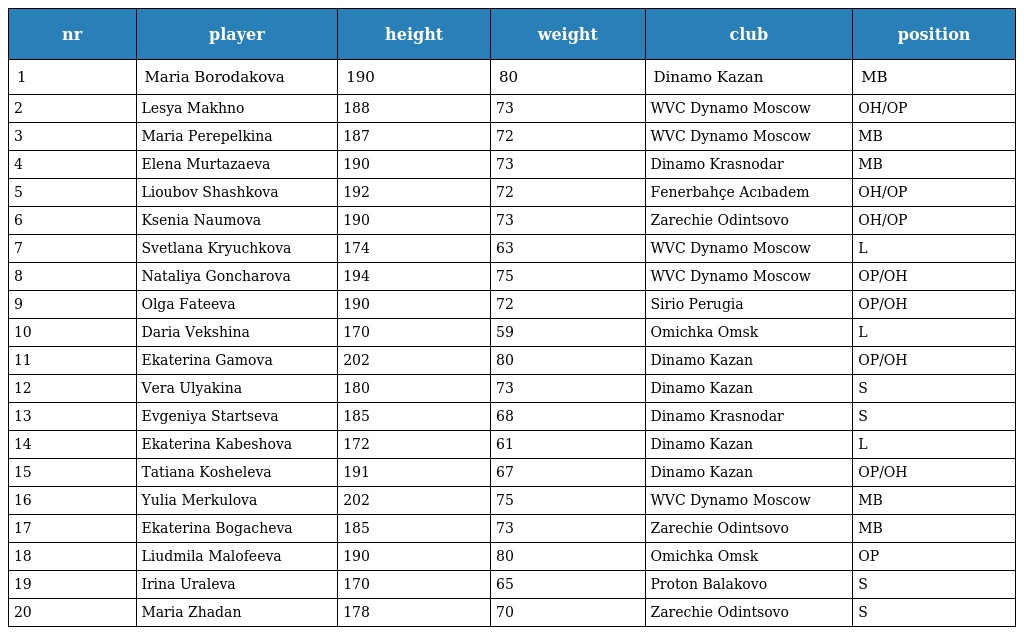
| nr | player | height | weight | club | position |
 | --- | --- | --- | --- | --- | --- |
 | 1 | Maria Borodakova | 190 | 80 | Dinamo Kazan | MB |
 | 2 | Lesya Makhno | 188 | 73 | WVC Dynamo Moscow | OH/OP |
 | 3 | Maria Perepelkina | 187 | 72 | WVC Dynamo Moscow | MB |
 | 4 | Elena Murtazaeva | 190 | 73 | Dinamo Krasnodar | MB |
 | 5 | Lioubov Shashkova | 192 | 72 | Fenerbahçe Acıbadem | OH/OP |
 | 6 | Ksenia Naumova | 190 | 73 | Zarechie Odintsovo | OH/OP |
 | 7 | Svetlana Kryuchkova | 174 | 63 | WVC Dynamo Moscow | L |
 | 8 | Nataliya Goncharova | 194 | 75 | WVC Dynamo Moscow | OP/OH |
 | 9 | Olga Fateeva | 190 | 72 | Sirio Perugia | OP/OH |
 | 10 | Daria Vekshina | 170 | 59 | Omichka Omsk | L |
 | 11 | Ekaterina Gamova | 202 | 80 | Dinamo Kazan | OP/OH |
 | 12 | Vera Ulyakina | 180 | 73 | Dinamo Kazan | S |
 | 13 | Evgeniya Startseva | 185 | 68 | Dinamo Krasnodar | S |
 | 14 | Ekaterina Kabeshova | 172 | 61 | Dinamo Kazan | L |
 | 15 | Tatiana Kosheleva | 191 | 67 | Dinamo Kazan | OP/OH |
 | 16 | Yulia Merkulova | 202 | 75 | WVC Dynamo Moscow | MB |
 | 17 | Ekaterina Bogacheva | 185 | 73 | Zarechie Odintsovo | MB |
 | 18 | Liudmila Malofeeva | 190 | 80 | Omichka Omsk | OP |
 | 19 | Irina Uraleva | 170 | 65 | Proton Balakovo | S |
 | 20 | Maria Zhadan | 178 | 70 | Zarechie Odintsovo | S |